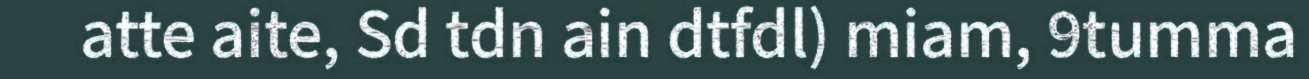
atte aite, Sd tdn ain dtfdl) miam, 9tumma